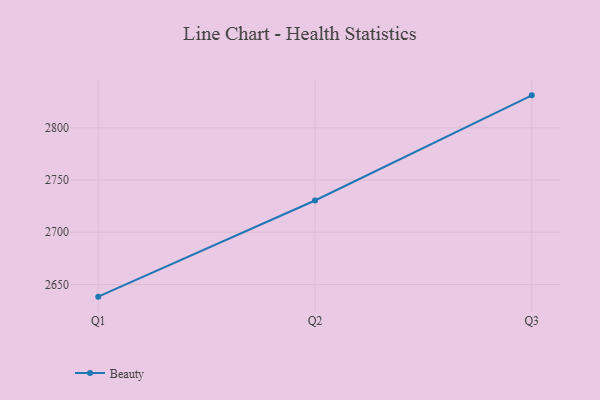
{"axis": {"x": "Quarter", "y": "Latency (ms)"}, "legend": ["Beauty"], "data": [{"x": "Q1", "y": 2638.4, "type": "Beauty"}, {"x": "Q2", "y": 2730.4, "type": "Beauty"}, {"x": "Q3", "y": 2831.0, "type": "Beauty"}]}